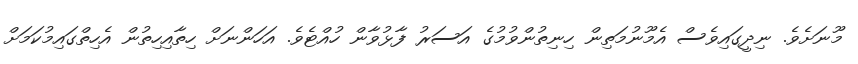
މޫނަށެވެ. ނިދީގައިވެސް އެމޫނުމަތިން ހިނިތުންވުމުގެ އަސަރު ފާޅުވާން ހުއްޓެވެ. އަހަންނަށް ހިތާއިހިތުން އެހިތްގައިމުކަމަށް